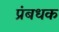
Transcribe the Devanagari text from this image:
प्रंबधक